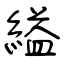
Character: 縊